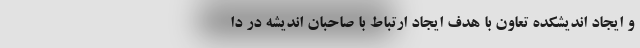
و ایجاد اندیشکده تعاون با هدف ایجاد ارتباط با صاحبان اندیشه در دا